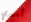
أميري